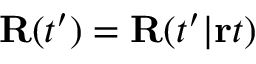
{ \bf R } ( t ^ { \prime } ) = { \bf R } ( t ^ { \prime } | { \bf r } t )